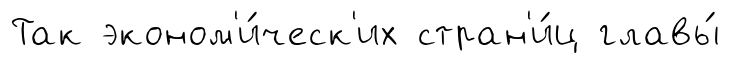
Так эконом'и́ческ'их стран'и́ц главы́